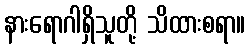
နားရောဂါရှိသူတို့ သိထားစရာ။